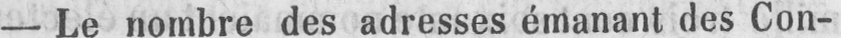
- Le nombre des adresses émanant des Con-